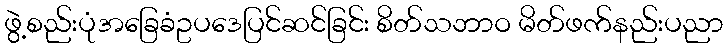
ဖွဲ့စည်းပုံအခြေခံဥပဒေပြင်ဆင်ခြင်း စိတ်သဘာဝ မိတ်ဖက်နည်းပညာ